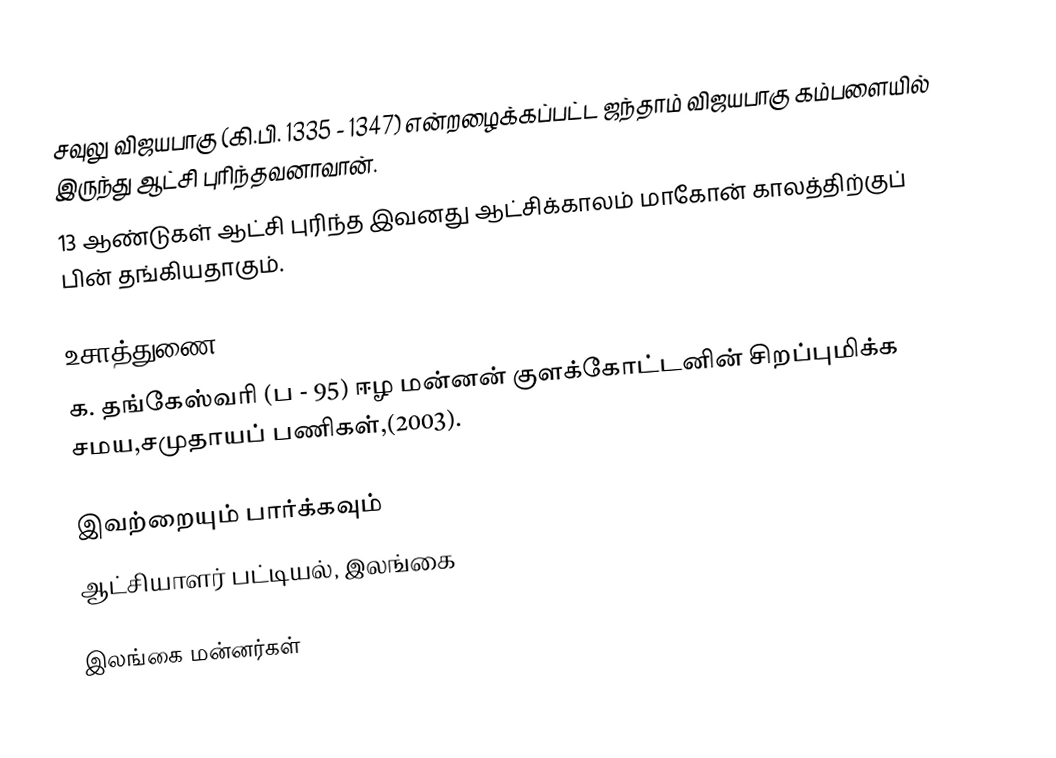
சவுலு விஜயபாகு (கி.பி. 1335 - 1347) என்றழைக்கப்பட்ட ஜந்தாம் விஜயபாகு கம்பளையில் இருந்து ஆட்சி புரிந்தவனாவான்.
13 ஆண்டுகள் ஆட்சி புரிந்த இவனது ஆட்சிக்காலம் மாகோன் காலத்திற்குப் பின் தங்கியதாகும்.

உசாத்துணை
க. தங்கேஸ்வரி (ப - 95) ஈழ மன்னன் குளக்கோட்டனின் சிறப்புமிக்க சமய,சமுதாயப் பணிகள்,(2003).

இவற்றையும் பார்க்கவும்
 ஆட்சியாளர் பட்டியல், இலங்கை

இலங்கை மன்னர்கள்